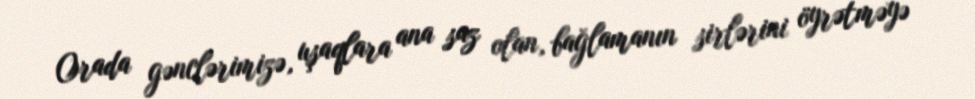
Orada gənclərimizə, uşaqlara ana saz olan, bağlamanın sirlərini öyrətməyə